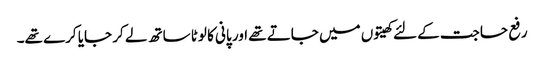
رفع حاجت کے لئے کھیتوں میں جاتے تھے اور پانی کا لوٹا ساتھ لے کر جایا کرے تھے۔